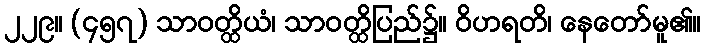
၂၂၉။ (၄၅၇) သာဝတ္ထိယံ၊ သာဝတ္ထိပြည်၌။ ဝိဟရတိ၊ နေတော်မူ၏။